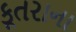
કૂતરાના